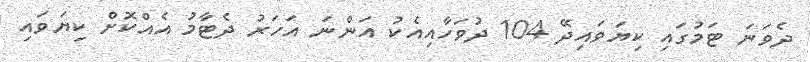
ދެވަނަ ޓަމުގައި ކިޔަވައިދޭ 104 ދުވަހާއިއެކު އަންނަ އަހަރު ދެޓާމު އެއްކޮށް ކިޔަވައި